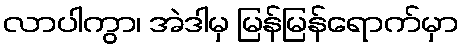
လာပါကွာ၊ အဲဒါမှ မြန်မြန်ရောက်မှာ